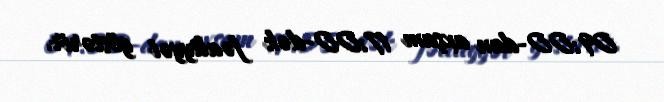
09:00-dan axşam 17:00-dək fəaliyyət göstərir.